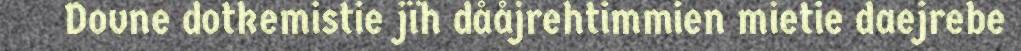
Dovne dotkemistie jïh dååjrehtimmien mietie daejrebe